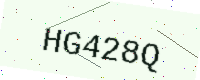
Text: HG428Q